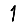
Digit: 1